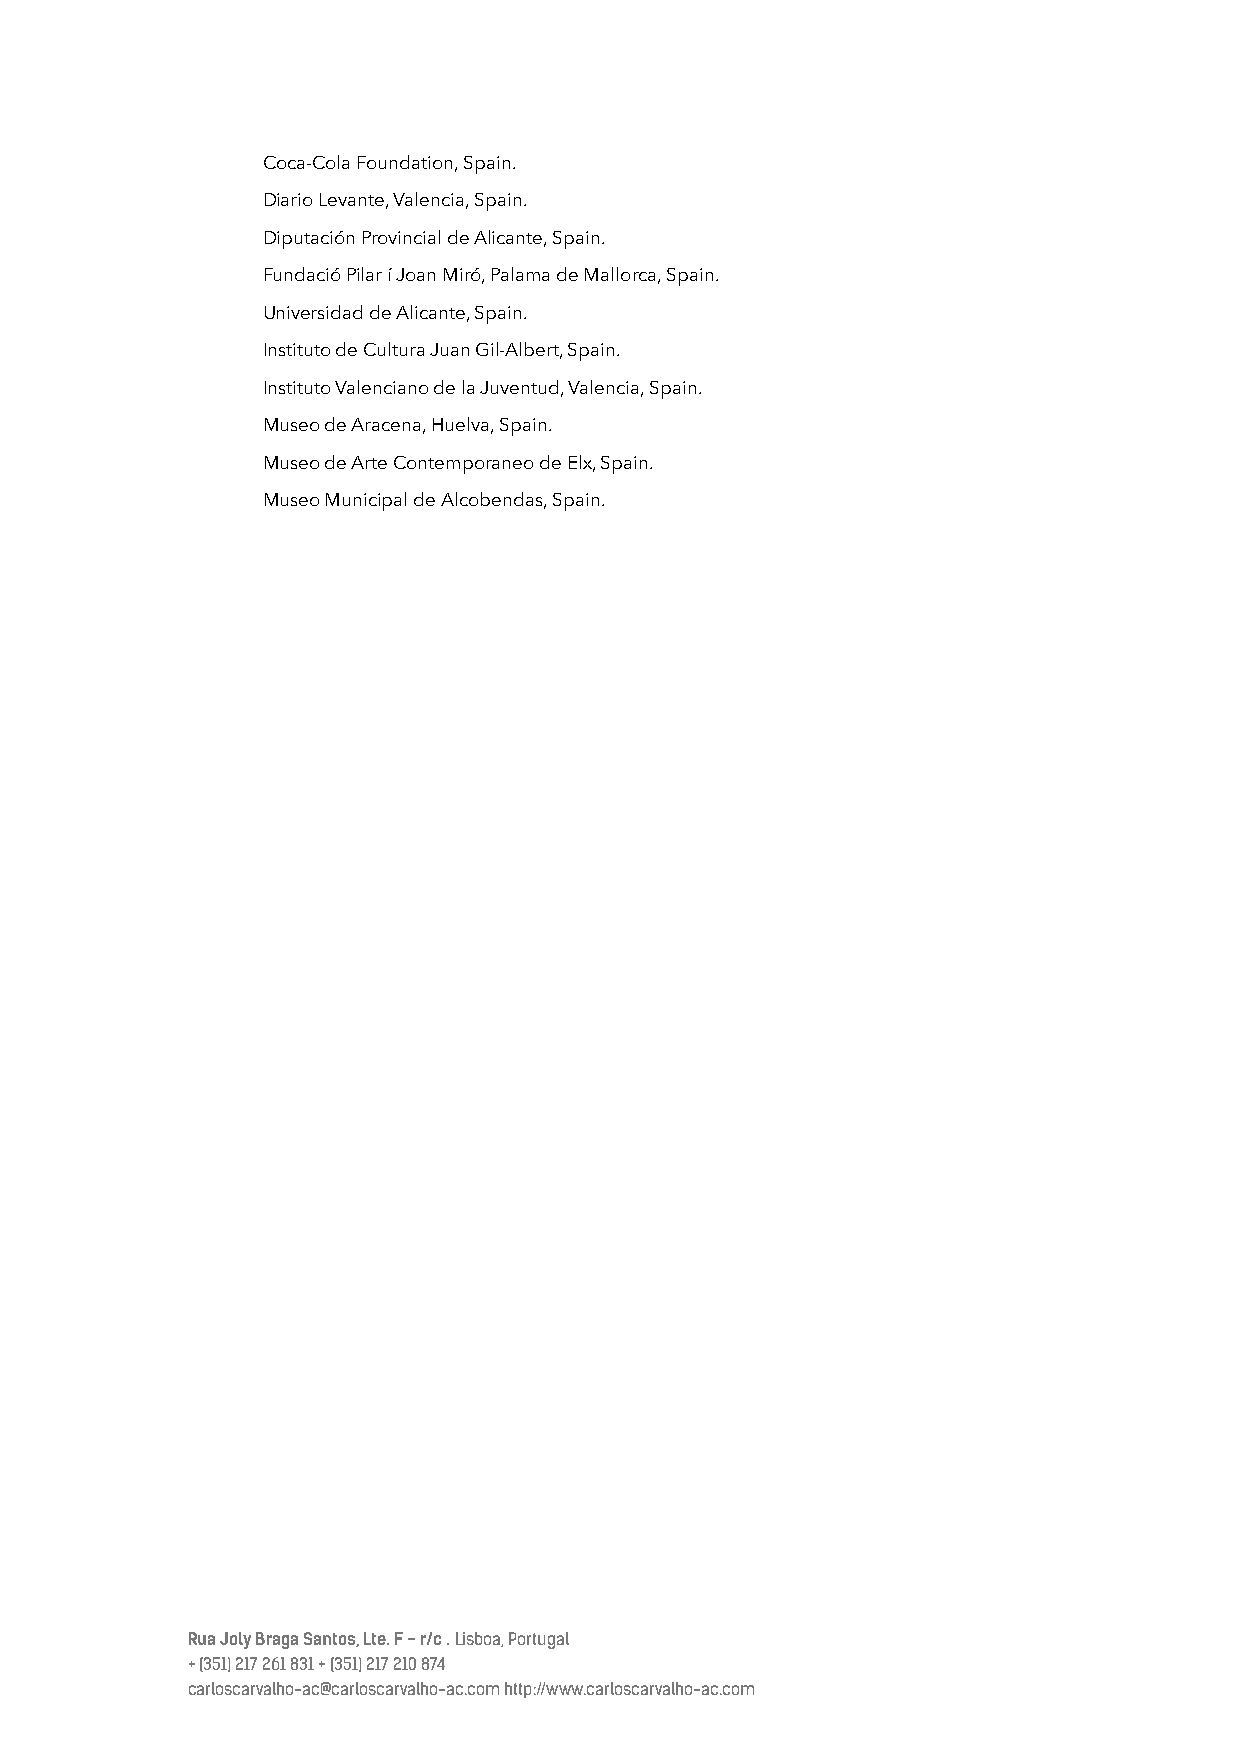
Coca-Cola Foundation, Spain.
 Diario Levante, Valencia, Spain.
 Diputación Provincial de Alicante, Spain.
 Fundació Pilar í Joan Miró, Palama de Mallorca, Spain.
 Universidad de Alicante, Spain.
 Instituto de Cultura Juan Gil-Albert, Spain.
 Instituto Valenciano de la Juventud, Valencia, Spain.
 Museo de Aracena, Huelva, Spain.
 Museo de Arte Contemporaneo de Elx, Spain.
 Museo Municipal de Alcobendas, Spain.
 Rua Joly Braga Santos, Lte. F - r/c . Lisboa, Portugal
 + (351) 217 261 831 + (351) 217 210 874
 carloscarvalho-ac@carloscarvalho-ac.com http://www.carloscarvalho-ac.com